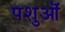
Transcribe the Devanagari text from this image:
पशुऒं